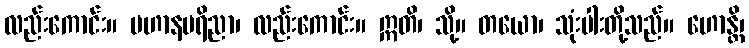
လည်းကောင်း။ ပဟာနပရိညာ၊ လည်းကောင်း။ ဣတိ၊ သို့။ တယော၊ သုံးပါးတို့သည်။ ဟောန္တိ၊